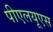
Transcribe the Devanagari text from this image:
पीएलयूएस